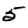
Digit: 5